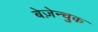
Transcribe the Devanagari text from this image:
बेज़ेन्चुक